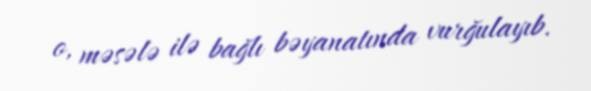
o, məsələ ilə bağlı bəyanatında vurğulayıb.